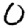
Digit: 0